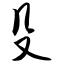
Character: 殳